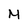
Character: M